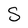
Character: S